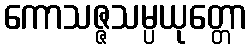
ကောသဇ္ဇသမ္ပယုတ္တော